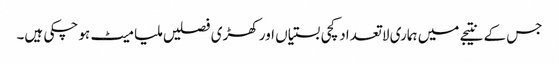
جس کے نتیجے میں ہماری لا تعداد کچی بستیاں اور کھڑی فصلیں ملیا میٹ ہو چکی ہیں۔